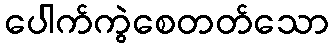
ပေါက်ကွဲစေတတ်သော